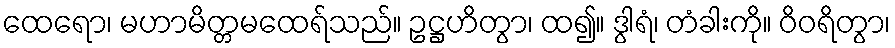
ထေရော၊ မဟာမိတ္တမထေရ်သည်။ ဥဋ္ဌဟိတွာ၊ ထ၍။ ဒွါရံ၊ တံခါးကို။ ဝိဝရိတွာ၊